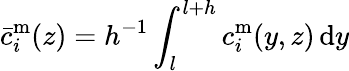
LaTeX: \bar{c}_{i}^{\mathrm{m}}(z)=h^{-1}\int_{l}^{l+h}c_{i}^{\mathrm{m}}(y,z)\, \mathrm{d}y